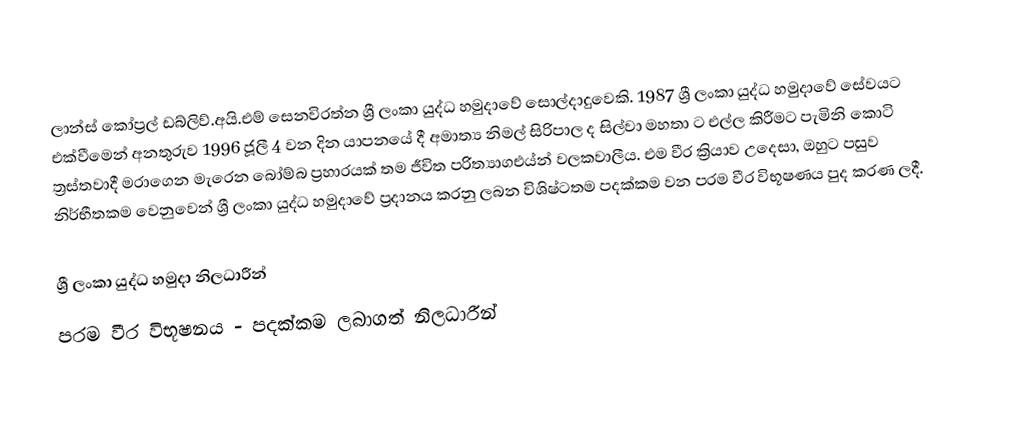
ලාන්ස් කෝප්‍රල් ඩබ්ලිව්.අයි.එම් සෙනවිරත්න ශ්‍රී ලංකා යුද්ධ හමුදාවේ සොල්දාදුවෙකි. 1987 ශ්‍රී ලංකා යුද්ධ හමුදාවේ සේවයට එක්වීමෙන් අනතුරුව 1996 ජූලී 4 වන දින යාපනයේ දී අමාත්‍ය නිමල් සිරිපාල ද සිල්වා මහතා ට එල්ල කිරීමට පැමිනි කොටි ත්‍රස්තවාදී මරාගෙන මැරෙන බෝම්බ ප්‍රහාරයක් තම ජීවිත පරිත්‍යාගඑය්න් වලකවාලීය. එම වීර ක්‍රියාව උදෙසා, ඔහුට පසුව නිර්භීතකම වෙනුවෙන් ශ්‍රී ලංකා යුද්ධ හමුදාවේ ප්‍රදානය කරනු ලබන විශිෂ්ටතම පදක්කම වන පරම වීර විභූෂණය පුද කරණ ලදී.

ශ්‍රී ලංකා යුද්ධ හමුදා නිලධාරීන්
පරම වීර විභූෂනය - පදක්කම ලබාගත් නිලධාරීන්